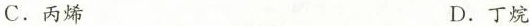
C.丙烯 D.丁烷